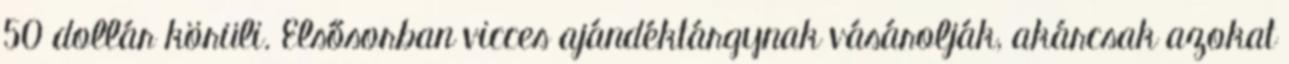
50 dollár körüli. Elsősorban vicces ajándéktárgynak vásárolják, akárcsak azokat